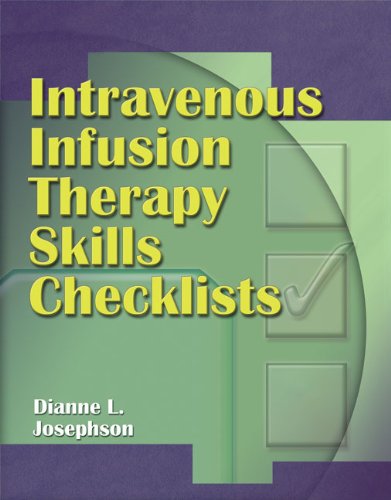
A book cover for Intravenous Infusion Therapy Skills Checklists; Dianne L. Josephson; Medical Books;